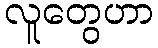
လူတွေဟာ